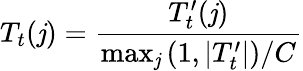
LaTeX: T_{t}(\mathit{j})=\frac{{T_{t}^{\prime}(\mathit{j})}}{{\operatorname*{max}_{\mathit{j}}\left(1,|T_{t}^{\prime}|\right)/C}}